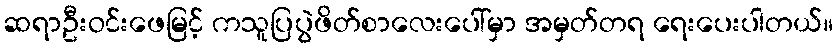
ဆရာဦးဝင်းဖေမြင့် ကသူပြပွဲဖိတ်စာလေးပေါ်မှာ အမှတ်တရ ရေးပေးပါတယ်။